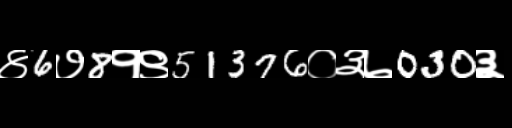
Text: ४6७8१९51376०३७030३